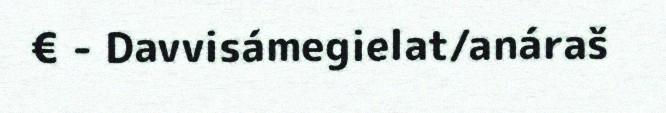
€ - Davvisámegielat/anáraš